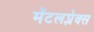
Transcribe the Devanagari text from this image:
मेंटलप्लेक्स